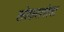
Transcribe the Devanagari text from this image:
लोकलसेवा